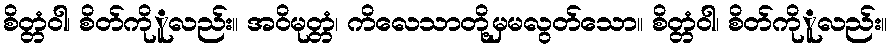
စိတ္တံဝါ၊ စိတ်ကိုူလည်း။ အဝိမုတ္တံ၊ ကိလေသာတို့မှမလွတ်သော။ စိတ္တံဝါ၊ စိတ်ကိုူလည်း။